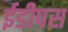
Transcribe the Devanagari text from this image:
ईडीपस